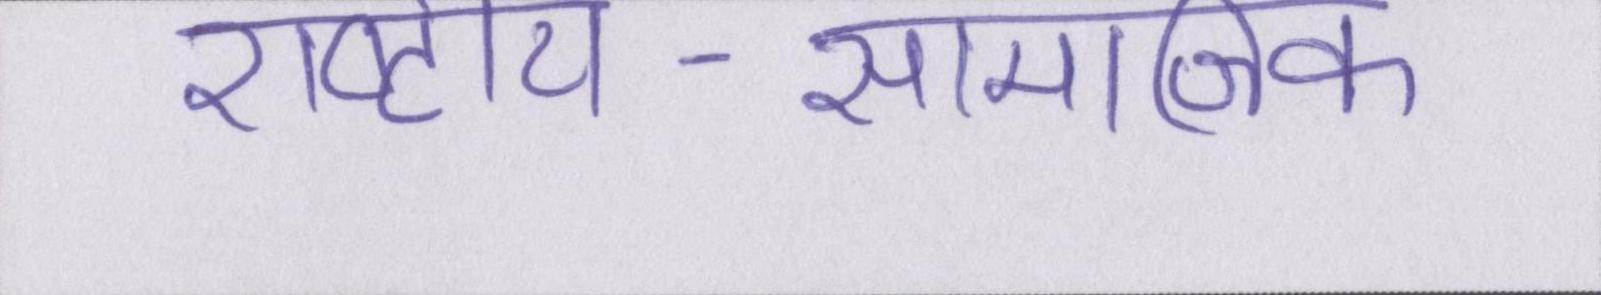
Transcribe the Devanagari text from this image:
राष्ट्रीय-सामाजिक